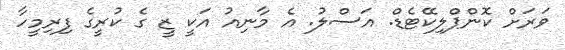
ވަރަށް ކޮންޕްލިކޭޓެޑް. އަސްލު. އެ މާނިއު އަކީ ޒީ ގެ ކުރީގެ ފިރިމީހާ